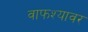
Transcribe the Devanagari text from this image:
वाफश्यावर